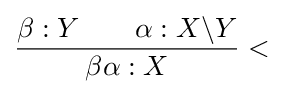
{\dfrac {\beta :Y\qquad \alpha :X\backslash Y}{\beta \alpha :X}}<